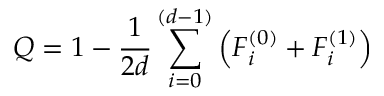
Q = 1 - \frac { 1 } { 2 d } \sum _ { i = 0 } ^ { ( d - 1 ) } \left( F _ { i } ^ { ( 0 ) } + F _ { i } ^ { ( 1 ) } \right)